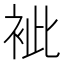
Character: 䘣